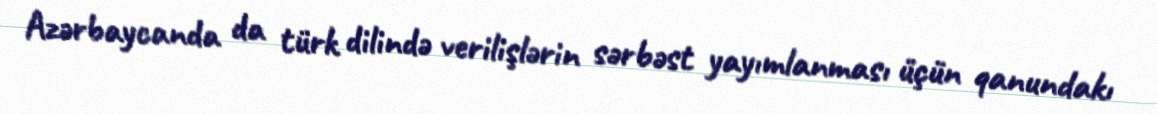
Azərbaycanda da türk dilində verilişlərin sərbəst yayımlanması üçün qanundakı